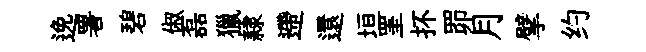
𨓜署碧俶磊獵隷遰還垣罣抔𦊑月擘约